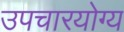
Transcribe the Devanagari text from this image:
उपचारयोग्य